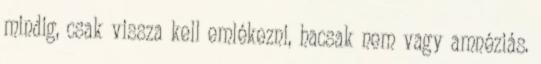
mindig, csak vissza kell emlékezni, hacsak nem vagy amnéziás.